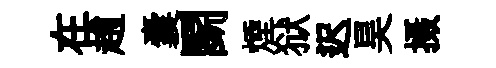
在趙囊鬬煙狱迟昊摄